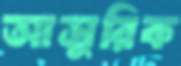
আসুরিক